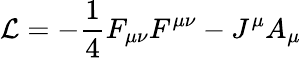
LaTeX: \mathcal{L}=-\frac{1}{4}F_{\mu\nu}F^{\mu\nu}-J^{\mu}A_{\mu}